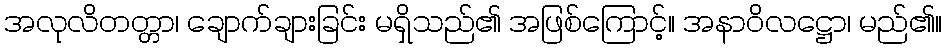
အလုလိတတ္တာ၊ ချောက်ချားခြင်း မရှိသည်၏ အဖြစ်ကြောင့်။ အနာဝိလဋ္ဌော၊ မည်၏။